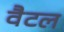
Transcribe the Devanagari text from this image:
वैटल